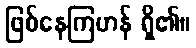
ဖြစ်နေကြဟန် ရှိ၏။